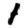
Digit: 1